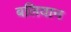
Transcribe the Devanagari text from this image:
बलियान